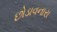
છોડાવનારા